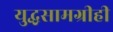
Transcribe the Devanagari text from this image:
युद्धसामग्रीही